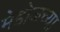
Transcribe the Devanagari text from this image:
मेडोजच्या